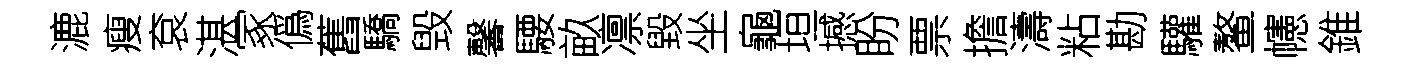
漉瘦袞湛冢僞舊驕毁馨騕畝凛毀坐龜垣撼盼票擔濤粘勘驩鳌幰錐